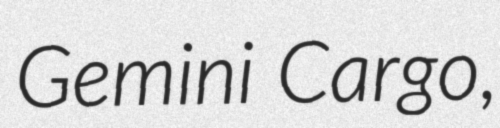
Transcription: Gemini Cargo,